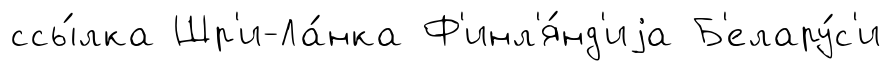
ссы́лка Шр'и-Ла́нка Ф'инл'я́нд'иjа Б'елару́с'и